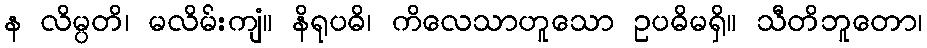
န လိမ္ပတိ၊ မလိမ်းကျံ။ နိရုပဓိ၊ ကိလေသာဟူသော ဥပဓိမရှိ။ သီတိဘူတော၊